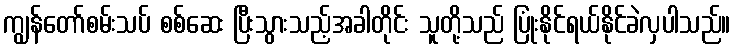
ကျွန်တော်စမ်းသပ် စစ်ဆေး ပြီးသွားသည့်အခါတိုင်း သူတို့သည် ပြုံးနိုင်ရယ်နိုင်ခဲလှပါသည်။